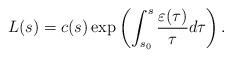
LaTeX: \begin{align*}L(s)=c(s)\exp\left(\int_{s_0}^s\frac{\varepsilon(\tau)}{\tau}d\tau\right).\end{align*}